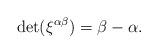
LaTeX: \begin{align*} \det(\xi^{\alpha\beta})=\beta-\alpha.\end{align*}